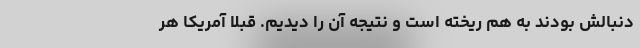
دنبالش بودند به هم ریخته است و نتیجه آن را دیدیم. قبلاً آمریکا هر